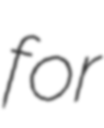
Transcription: for